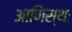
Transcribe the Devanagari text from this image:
आणिस्थः